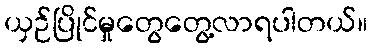
ယှဉ်ပြိုင်မှုတွေတွေ့လာရပါတယ်။